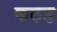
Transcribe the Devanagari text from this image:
कठड